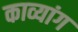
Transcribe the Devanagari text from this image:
काव्यांग